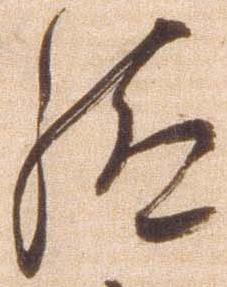
給